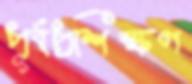
পূর্বপ্রশিক্ষণ